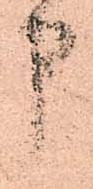
申